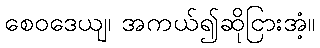
စေဝဒေယျ၊ အကယ်၍ဆိုငြားအံ့။